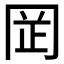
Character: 𫝍